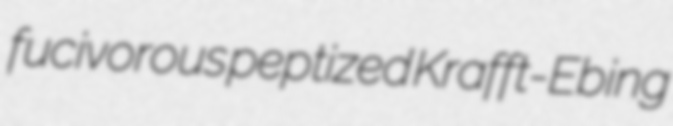
fucivorous peptized Krafft-Ebing